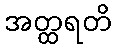
အတ္ထရတိ